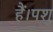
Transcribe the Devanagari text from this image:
हैं।पशु